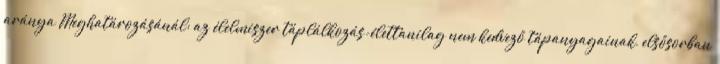
aránya Meghatározásánál: az élelmiszer táplálkozás-élettanilag nem kedvező tápanyagainak, elsősorban